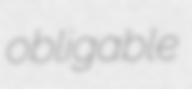
obligable